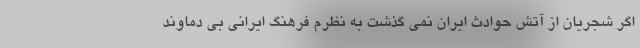
اگر شجریان از آتش حوادث ایران نمی گذشت به نظرم فرهنگ ایرانی بی دماوند